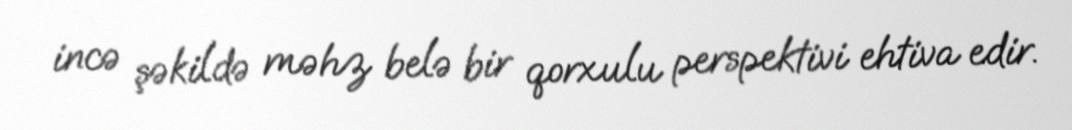
incə şəkildə məhz belə bir qorxulu perspektivi ehtiva edir.